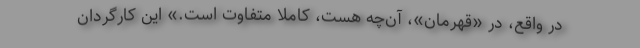
در واقع، در «قهرمان»، آن‌چه هست، کاملاً متفاوت است.» این کارگردان